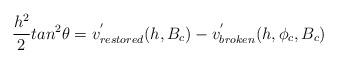
LaTeX: \begin{align*}\frac{h^2}{2}tan^2\theta = v^{'}_{restored}(h, B_c) - v^{'}_{broken}(h, \phi_c, B_c)\end{align*}